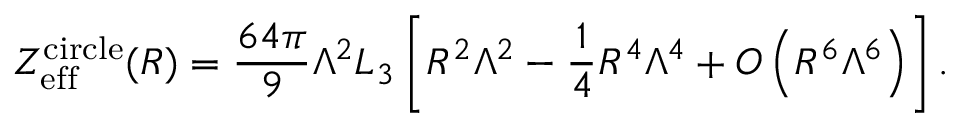
Z _ { \mathrm { e f f } } ^ { \mathrm { c i r c l e } } ( R ) = \frac { 6 4 \pi } { 9 } \Lambda ^ { 2 } L _ { 3 } \left[ R ^ { 2 } \Lambda ^ { 2 } - \frac { 1 } { 4 } R ^ { 4 } \Lambda ^ { 4 } + { \cal O } \left( R ^ { 6 } \Lambda ^ { 6 } \right) \right] .